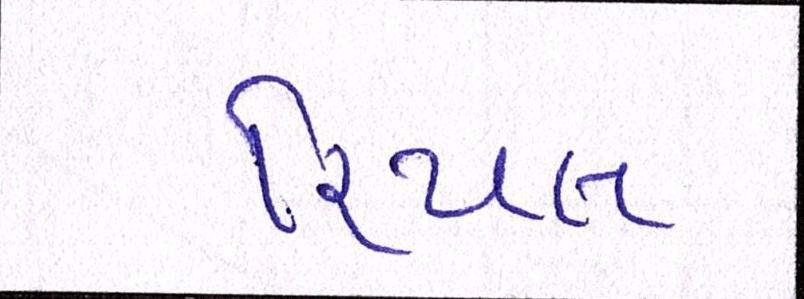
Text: રિયલ